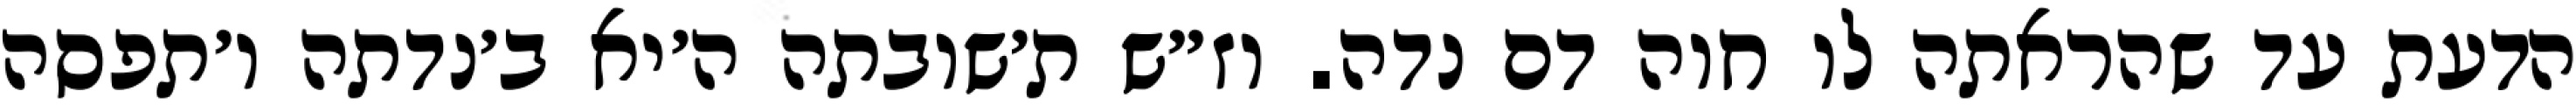
הדעת עד שהראתה לו חוה דם נדה. וז״ש ת׳שובתה ה׳יא ב׳נדתה ו׳תפסה